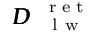
{ \pmb { { \cal D } } } _ { \mathrm { ~ \textsc ~ { ~ l ~ w ~ } ~ } } ^ { \mathrm { ~ \tiny ~ { ~ r ~ e ~ t ~ } ~ } }